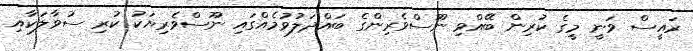
ރައީސް ވަނީ މީގެ ކުރިން ބޭއްވި ނޫސްވެރިންގެ ބައްދަލުވުމެއްގައި ނޫސްވެރިޔަކު ކުރި ސުވާލަކާއި